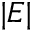
| E |